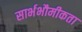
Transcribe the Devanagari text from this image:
सार्भभौमीकता